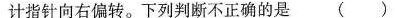
计指针向右偏转。下列判断不正确的是()